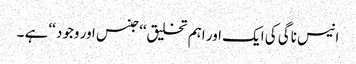
انیس ناگی کی ایک اور اہم تخلیق‘‘جنس اور وجود ‘‘ ہے ۔